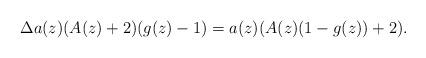
LaTeX: \begin{align*} \Delta a(z)(A(z)+2)(g(z)-1)=a(z)(A(z)(1-g(z))+2). \end{align*}